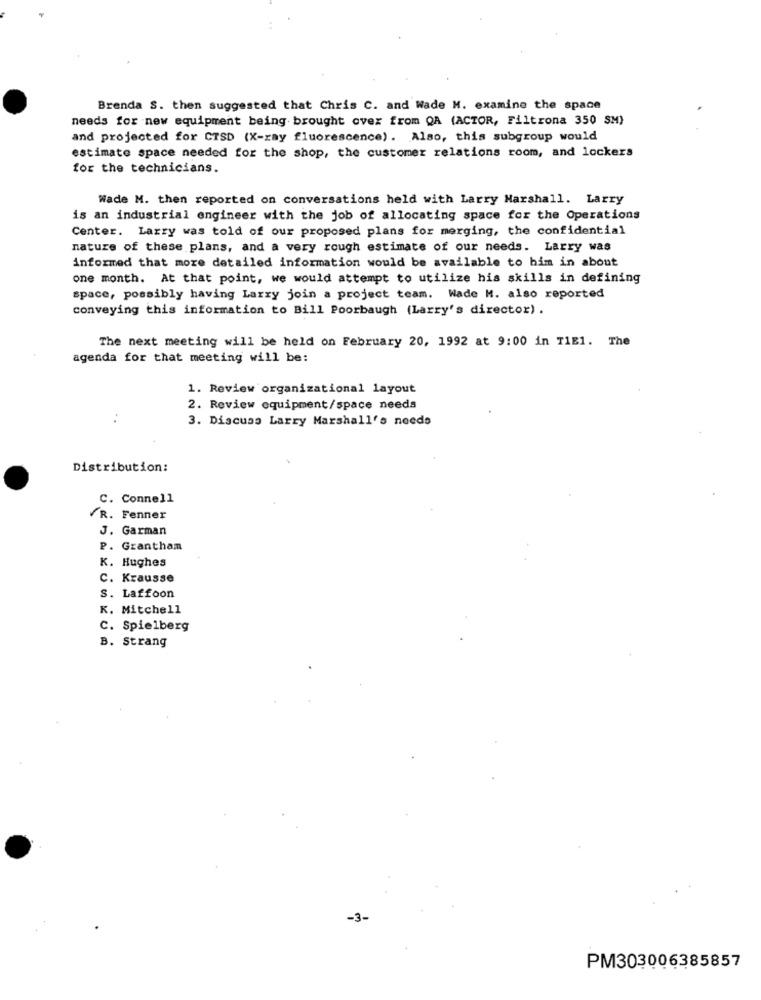
Brenda S. then suggested that Chris C. and Wade M. examine the space
needs for new equipment being brought over from QA (ACTOR, Filtrona 350 SM)
and projected for CTSD (X-ray fluorescence) . Also, this subgroup would
estimate space needed for the shop, the customer relations room, and lockers
for the technicians.
Wade M. then reported on conversations held with Larry Marshall. Larry
is an industrial engineer with the job of allocating space for the Operations
Center. Larry was told of our proposed plans for merging, the confidential
nature of these plans, and a very rough estimate of our needs. Larry was
informed that more detailed information would be available to him in about
one month. At that point, we would attempt to utilize his skills in defining
space, possibly having Larry join a project team. Wade M. also reported
conveying this information to Bill Poorbaugh (Larry's director) .
The next meeting will be held on February 20, 1992 at 9:00 in TIE1. The
agenda for that meeting will be:
1. Review organizational layout
2. Review equipment/space needs
..
3. Discuss Larry Marshall's needs
Distribution:
C. Connell
R. Fenner
J. Garman
P. Grantham
K. Hughes
C. Krausse
S. Laffoon
K. Mitchell
C. Spielberg
B. Strang
-3-
PM303006385857